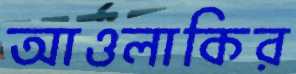
আওলাকির